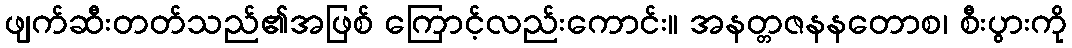
ဖျက်ဆီးတတ်သည်၏အဖြစ် ကြောင့်လည်းကောင်း။ အနတ္တဇနနတောစ၊ စီးပွားကို